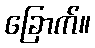
ခြောက်။